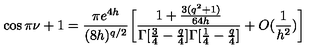
\cos \pi \nu + 1 = \frac { \pi e ^ { 4 h } } { ( 8 h ) ^ { q / 2 } } \bigg [ \frac { 1 + \frac { 3 ( q ^ { 2 } + 1 ) } { 6 4 h } } { \Gamma [ \frac { 3 } { 4 } - \frac { q } { 4 } ] \Gamma [ \frac { 1 } { 4 } - \frac { q } { 4 } ] } + O ( \frac { 1 } { h ^ { 2 } } ) \bigg ]